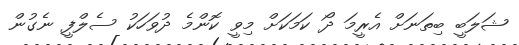
ޝަލަބީ ބިތަނަށް އެރީމަ ދޯ ކަމަކަށް މިވީ ކޮންމެ ދުވަހަކު ސެލްފީ ނެގުން